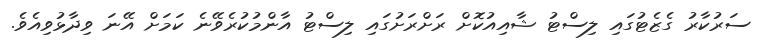
ސަރުކާރު ގެޒެޓުގައި ލިސްޓު ޝާއިއުކޮށް ރަށްރަށުގައި ލިސްޓު އާންމުކުރެވޭނެ ކަމަށް އޭނަ ވިދާޅުވިއެވެ.